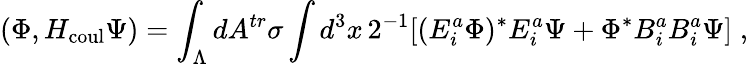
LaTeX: (\Phi,H_{\mathrm{coul}}\Psi)=\int_{\Lambda}dA^{tr}\sigma\int d^{3}x\, 2^{-1}[(E_{i}^{a}\Phi)^{*}E_{i}^{a}\Psi+\Phi^{*}B_{i}^{a}B_{i}^{a}\Psi]\; \mathrm{,}